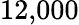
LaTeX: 12{,}000